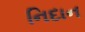
નિદાન